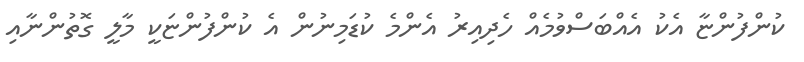
ކުންފުންޏާ އެކު އެއްބަސްވުމެއް ހެދިއިރު އެންމެ ކުޑަމިނުން އެ ކުންފުންޏަކީ މާލީ ގޮތުންނާއި